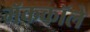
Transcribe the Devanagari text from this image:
मॅककॉले